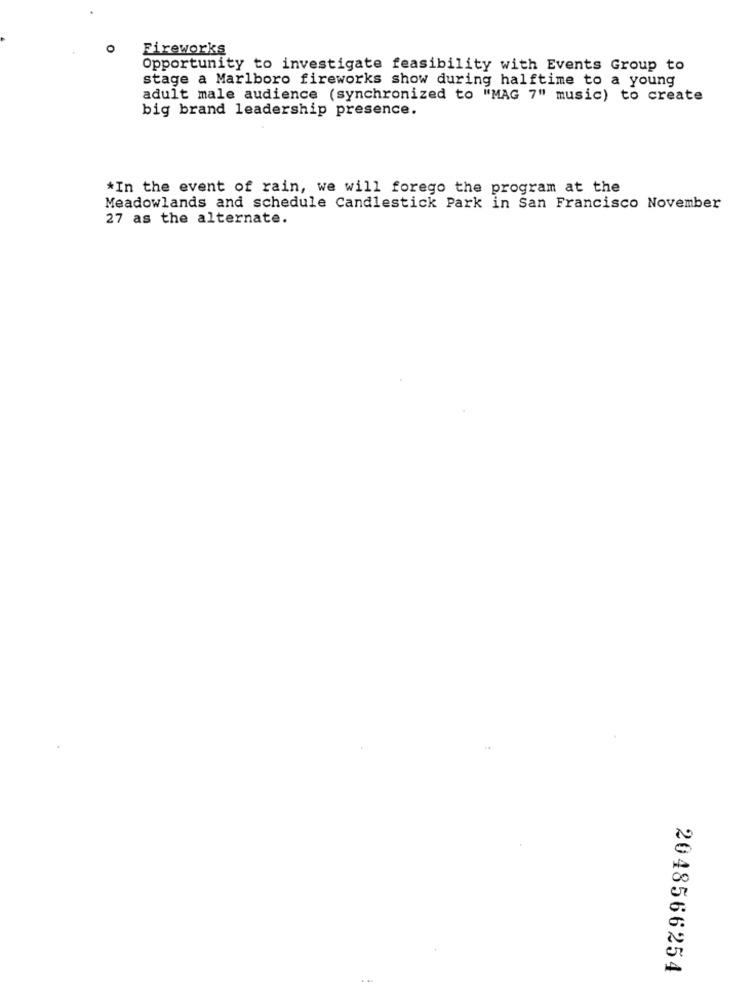
O
Fireworks
Opportunity to investigate feasibility with Events Group to
stage a Marlboro fireworks show during halftime to a young
adult male audience (synchronized to "MAG 7" music) to create
big brand leadership presence.
*In the event of rain, we will forego the program at the
Meadowlands and schedule Candlestick Park in San Francisco November
27 as the alternate.
2048566254